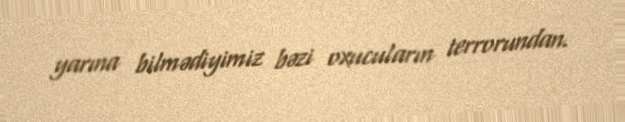
yarına bilmədiyimiz bəzi oxucuların terrorundan.